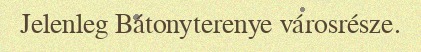
Jelenleg Bátonyterenye városrésze.